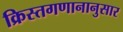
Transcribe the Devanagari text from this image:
क्रिस्तगणानानुसार